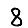
Digit: 8